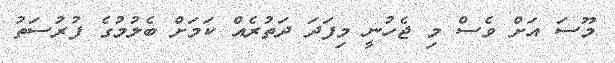
މޫސަ އަށް ވެސް މި ޖެހުނީ މިފަދަ ދަތުރެއް ކަމަށް ބެލުމުގެ ފުރުސަތު